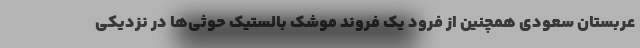
عربستان سعودی همچنین از فرود یک فروند موشک بالستیک حوثی‌ها در نزدیکی